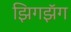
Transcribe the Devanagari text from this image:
झिगझॅग